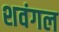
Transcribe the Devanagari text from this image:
शवंगल